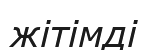
жітімді